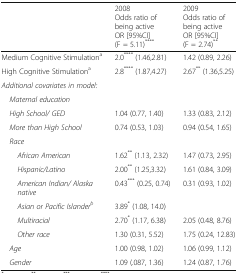
<table><thead><tr><td></td><td><b>2008Odds ratio of being activeOR [95%CI](F = 5.11)<sup>****</sup></b></td><td><b>2009Odds ratio of being activeOR [95%CI](F = 2.74)<sup>**</sup></b></td></tr></thead><tbody><tr><td>Medium Cognitive Stimulation<sup>a</sup></td><td>2.0<sup>****</sup> (1.46,2.81)</td><td>1.42 (0.89, 2.26)</td></tr><tr><td>High Cognitive Stimulation<sup>a</sup></td><td>2.8<sup>****</sup> (1.87,4.27)</td><td>2.67<sup>**</sup> (1.36,5.25)</td></tr><tr><td><i>Additional covariates in model:</i></td><td></td><td></td></tr><tr><td> <i>Maternal education</i></td><td></td><td></td></tr><tr><td> <i>High School/ GED</i></td><td>1.04 (0.77, 1.40)</td><td>1.33 (0.83, 2.12)</td></tr><tr><td> <i>More than High School</i></td><td>0.74 (0.53, 1.03)</td><td>0.94 (0.54, 1.65)</td></tr><tr><td> <i>Race</i></td><td></td><td></td></tr><tr><td><i>African American</i></td><td>1.62<sup>**</sup> (1.13, 2.32)</td><td>1.47 (0.73, 2.95)</td></tr><tr><td><i>Hispanic/Latino</i></td><td>2.00<sup>**</sup> (1.25,3.32)</td><td>1.61 (0.84, 3.09)</td></tr><tr><td><i>American Indian/ Alaska native</i></td><td>0.43<sup>***</sup> (0.25, 0.74)</td><td>0.31 (0.93, 1.02)</td></tr><tr><td><i>Asian or Pacific Islander</i><sup><i>b</i></sup></td><td>3.89<sup>*</sup> (1.08, 14.0)</td><td></td></tr><tr><td><i>Multiracial</i></td><td>2.70<sup>*</sup> (1.17, 6.38)</td><td>2.05 (0.48, 8.76)</td></tr><tr><td><i>Other race</i></td><td>1.30 (0.31, 5.52)</td><td>1.75 (0.24, 12.83)</td></tr><tr><td> <i>Age</i></td><td>1.00 (0.98, 1.02)</td><td>1.06 (0.99, 1.12)</td></tr><tr><td> <i>Gender</i></td><td>1.09 (.087, 1.36)</td><td>1.24 (0.87, 1.76)</td></tr></tbody></table>